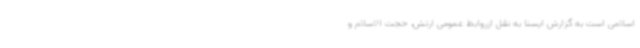
اسلامی است به گزارش ایسنا به نقل ازروابط عمومی ارتش، حجت الاسلام و